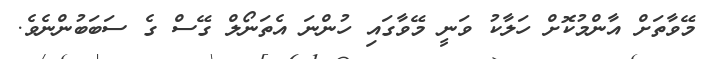
މޭވާތަށް އާންމުކޮށް ހަލާކު ވަނީ މޭވާގައި ހުންނަ އެތަނޯލް ގޭސް ގެ ސަބަބުންނެވެ.